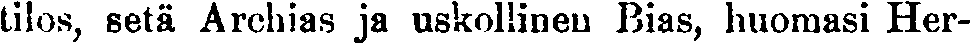
tilos, setä Archias ja uskollinen Bias, huomasi Her-